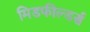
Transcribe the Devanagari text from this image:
मिडफील्‍डर्स